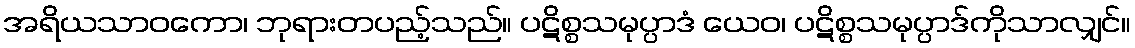
အရိယသာဝကော၊ ဘုရားတပည့်သည်။ ပဋိစ္စသမုပ္ပာဒံ ယေဝ၊ ပဋိစ္စသမုပ္ပာဒ်ကိုသာလျှင်။